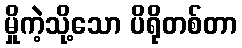
မှိုကဲ့သို့သော ပိရိုတစ်တာ